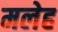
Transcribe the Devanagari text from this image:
मलेह